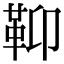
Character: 䩕